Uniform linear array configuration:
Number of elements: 8
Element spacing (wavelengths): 0.75
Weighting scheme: binomial
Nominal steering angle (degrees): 45
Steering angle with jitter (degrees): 43.534
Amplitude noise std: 0.05
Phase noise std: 0.05

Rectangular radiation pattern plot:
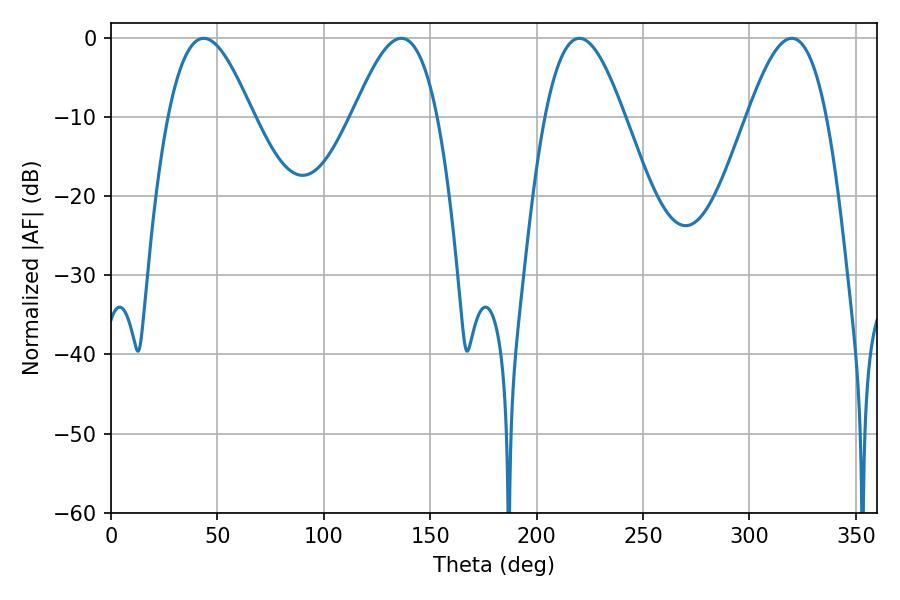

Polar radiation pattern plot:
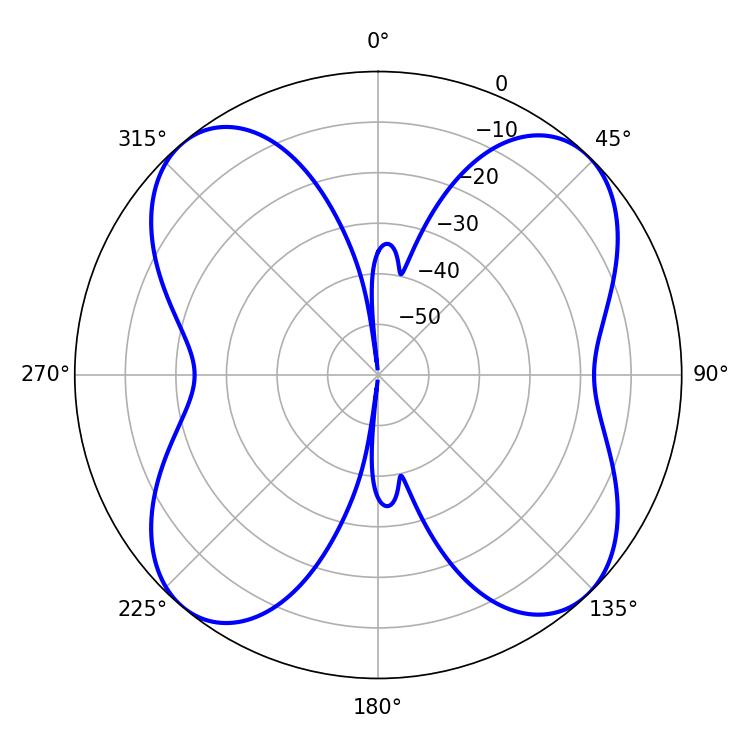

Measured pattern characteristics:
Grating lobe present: TRUE
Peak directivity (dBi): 13.926
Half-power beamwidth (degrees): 21.42
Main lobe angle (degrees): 43.56